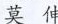
莫伸